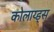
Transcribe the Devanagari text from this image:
कोलाय्ड्स